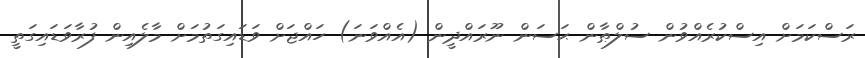
ރަސްކަމަށް އިސްކުރެއްވުން ސުލްޠާން ޙަސަން ނޫރައްދީން (އެއްވަނަ) ހައްޖަށް ވަޑައިގަތުމަށް މާލެއިން ފުރާވަޑައިގަތީ